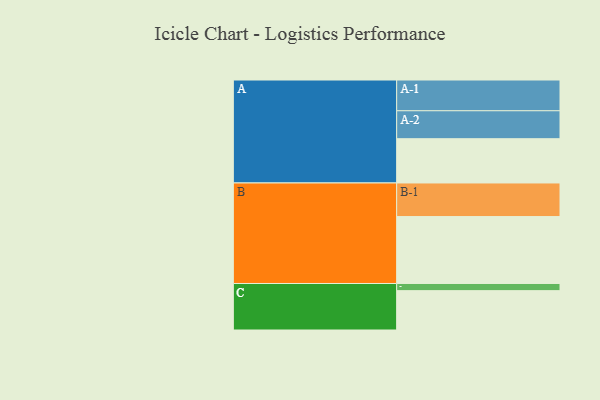
{"axis": {"x": "Segment", "y": "Value"}, "legend": ["", "A", "B", "C"], "data": [{"x": "A", "y": 377, "type": ""}, {"x": "B", "y": 570, "type": ""}, {"x": "C", "y": 335, "type": ""}, {"x": "A-1", "y": 262, "type": "A"}, {"x": "A-2", "y": 238, "type": "A"}, {"x": "B-1", "y": 286, "type": "B"}, {"x": "C-1", "y": 61, "type": "C"}]}